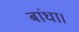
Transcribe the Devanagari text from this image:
बांधा।